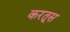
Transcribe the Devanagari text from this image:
करतूस